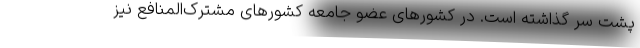
پشت سر گذاشته است. در کشورهای عضو جامعه کشورهای مشترک‌المنافع نیز